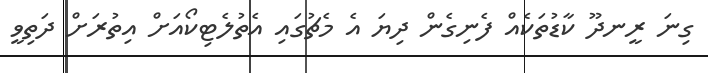
ގިނަ ރީނދޫ ކާޑުތަކެއް ފެނިގެން ދިޔަ އެ މެޗުގައި އެތުލެޓިކޯއަށް އިތުރަށް ދަތިވީ